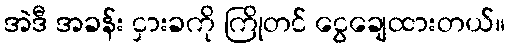
အဲဒီ အခန်း ငှားခကို ကြိုတင် ငွေချေထားတယ်။